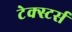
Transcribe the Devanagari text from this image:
टेक्स्टर्स